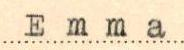
Emma